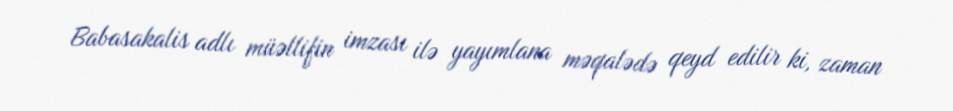
Babasakalis adlı müəllifin imzası ilə yayımlana məqalədə qeyd edilir ki, zaman